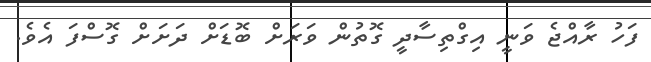
ފަހު ރާއްޖެ ވަނީ އިގްތިސާދީ ގޮތުން ވަރަށް ބޮޑަށް ދަށަށް ގޮސްފަ އެވެ.